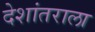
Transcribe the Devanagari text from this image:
देशांतराला